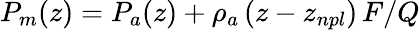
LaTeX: P_{m}(z)=P_{a}(z)+\rho_{a}\, (z-z_{npl})\, F/Q